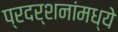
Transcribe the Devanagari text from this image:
प्रदर्शनांमध्ये